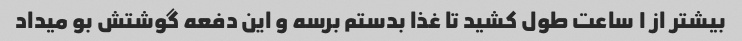
بیشتر از ١ ساعت طول کشید تا غذا بدستم برسه و این دفعه گوشتش بو میداد